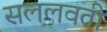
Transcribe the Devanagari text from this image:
सललवती